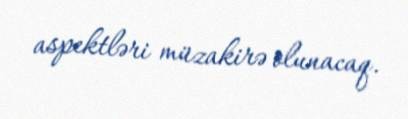
aspektləri müzakirə olunacaq.